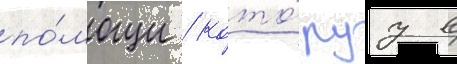
по́мощи / кото́руу в